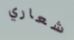
شعاري